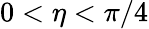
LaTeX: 0<\eta<\pi/4